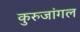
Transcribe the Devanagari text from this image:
कुरुजांगल